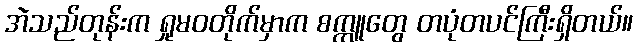
အဲသည်တုန်းက ရှုမဝတိုက်မှာက စက္ကူတွေ တပုံတပင်ကြီးရှိတယ်။